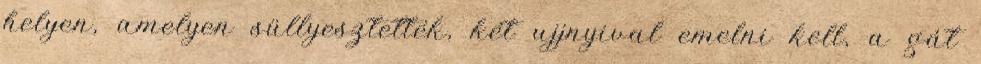
helyen, amelyen süllyesztették, két ujjnyival emelni kell, a gát